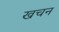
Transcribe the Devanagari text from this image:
खचन